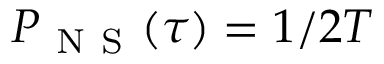
P _ { \mathrm { ~ N ~ S ~ } } ( \tau ) = 1 / 2 T